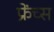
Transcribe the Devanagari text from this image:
फ्रेंच्स